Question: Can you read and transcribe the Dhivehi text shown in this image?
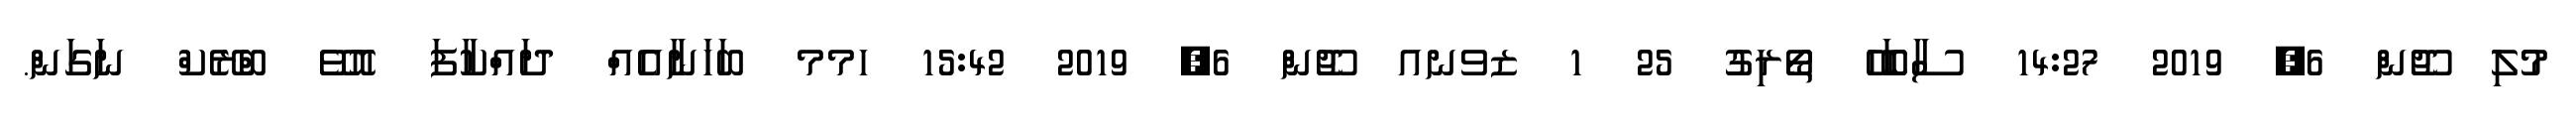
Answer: މުލި ޖޫން 6, 2019 14:27 ސާބަހޭ ތޯރިގު 25 1 ޒވނއ ޖޫން 6, 2019 15:42 ހމމ ބަހަނާއެއް ދައްކާފަ އޮވޭ ބްރޭކް ނަގަން.